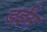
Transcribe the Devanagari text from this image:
डईस